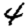
Digit: 4